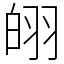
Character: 䎅